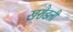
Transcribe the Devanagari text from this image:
खरोडली